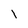
Character: l